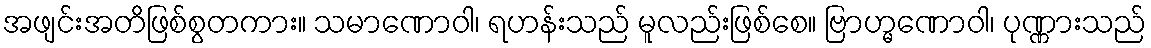
အဖျင်းအတိဖြစ်စွတကား။ သမာဏောဝါ၊ ရဟန်းသည် မူလည်းဖြစ်စေ။ ဗြာဟ္မဏောဝါ၊ ပုဏ္ဏားသည်